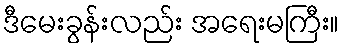
ဒီမေးခွန်းလည်း အရေးမကြီး။